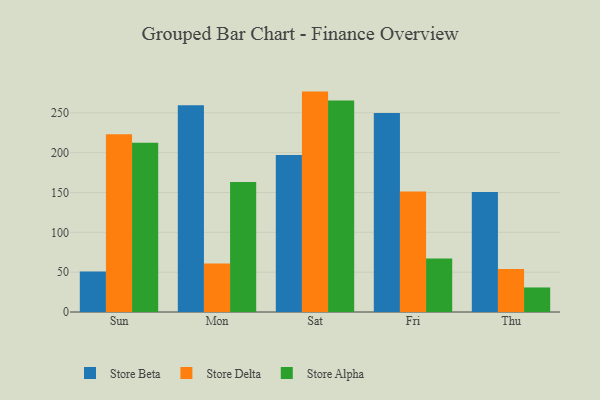
{"axis": {"x": "Day", "y": "Latency (ms)"}, "legend": ["Store Alpha", "Store Beta", "Store Delta"], "data": [{"x": "Sun", "y": 50.8, "type": "Store Beta"}, {"x": "Sun", "y": 223.0, "type": "Store Delta"}, {"x": "Sun", "y": 212.5, "type": "Store Alpha"}, {"x": "Mon", "y": 259.4, "type": "Store Beta"}, {"x": "Mon", "y": 61.0, "type": "Store Delta"}, {"x": "Mon", "y": 163.2, "type": "Store Alpha"}, {"x": "Sat", "y": 196.9, "type": "Store Beta"}, {"x": "Sat", "y": 276.6, "type": "Store Delta"}, {"x": "Sat", "y": 265.3, "type": "Store Alpha"}, {"x": "Fri", "y": 249.8, "type": "Store Beta"}, {"x": "Fri", "y": 151.1, "type": "Store Delta"}, {"x": "Fri", "y": 67.2, "type": "Store Alpha"}, {"x": "Thu", "y": 150.6, "type": "Store Beta"}, {"x": "Thu", "y": 54.0, "type": "Store Delta"}, {"x": "Thu", "y": 30.8, "type": "Store Alpha"}]}